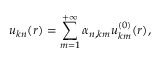
u _ { \boldsymbol { k } n } ( \boldsymbol { r } ) = \sum _ { m = 1 } ^ { + \infty } \alpha _ { n , \boldsymbol { k } m } u _ { \boldsymbol { k } m } ^ { ( 0 ) } ( \boldsymbol { r } ) ,